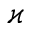
\varkappa